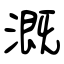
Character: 溉